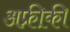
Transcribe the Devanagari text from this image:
अफ्री़की